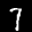
Label: 7